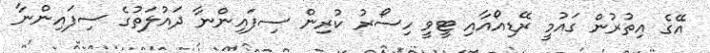
އޭގެ އިތުރުން ގައުމީ ރޭޑިއޯއާއި ޓީވީ ހިސޯރު ކުރިން ސިފައިންނާ ދައުލަތުގެ ސިފައިންނާ